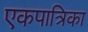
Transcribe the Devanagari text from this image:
एकपात्रिका